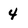
Character: 4